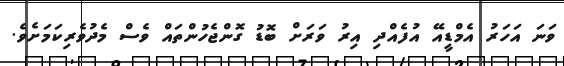
ވަނަ އަހަރު އެމްޑީއޭ އުފެއްދި އިރު ވަރަށް ބޮޑު ގޮންޖެހުންތައް ވެސް މެދުވެރިކަމަށެވެ.